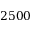
2 5 0 0